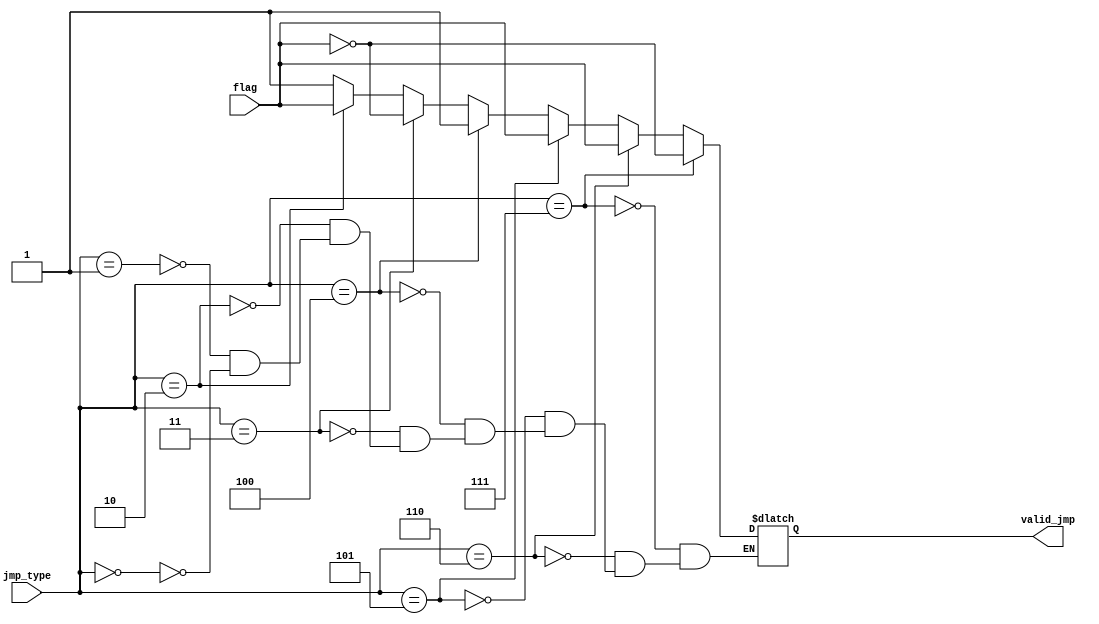
`timescale 1ns / 1ps
//////////////////////////////////////////////////////////////////////////////////
// Company: 
// Engineer: 
// 
// Design Name: 
// Module Name:    Branch_Logic 
// Project Name: 
// Target Devices: 
// Tool versions: 
// Description: 
//
// Dependencies: 
//
// Revision: 
// Revision 0.01 - File Created
// Additional Comments: 
//
//////////////////////////////////////////////////////////////////////////////////
module Branch_Logic(input [2:0] jmp_type, input flag, output reg valid_jmp);

	always@(*) begin
		if(jmp_type == 3'b000) begin
			valid_jmp = 1'b1;
		end
		if(jmp_type == 3'b001) begin
			valid_jmp = 1'b1;
		end
		if(jmp_type == 3'b010) begin
			valid_jmp = flag;
		end
		if(jmp_type == 3'b011) begin
			valid_jmp = ~flag;
		end
		if(jmp_type == 3'b100) begin
			valid_jmp = 1'b1;
		end
		if(jmp_type == 3'b101) begin
			valid_jmp = flag;
		end
		if(jmp_type == 3'b110) begin
			valid_jmp = flag;
		end
		if(jmp_type == 3'b111) begin
			valid_jmp = ~flag;
		end
		
	end

endmodule